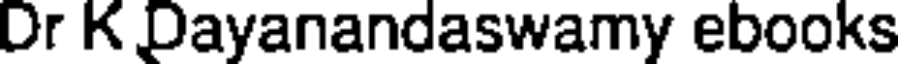
Dr K Dayanandaswamy ebooks